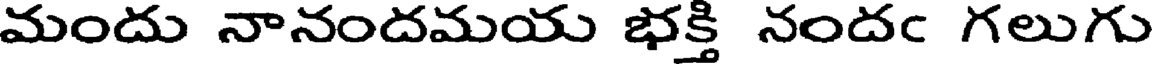
మందు నానందమయు భక్తి నందఁ గలుగు